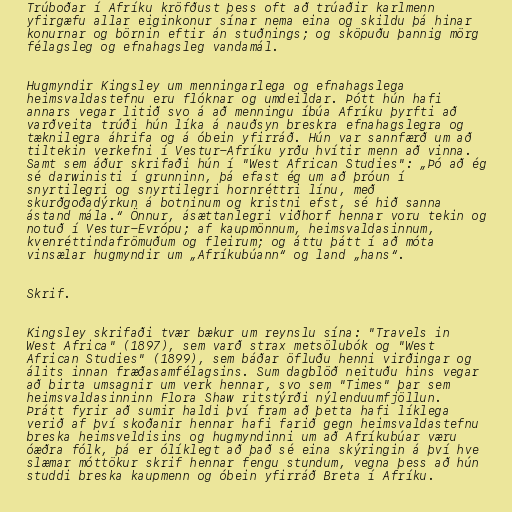
Trúboðar í Afríku kröfðust þess oft að trúaðir karlmenn
yfirgæfu allar eiginkonur sínar nema eina og skildu þá hinar
konurnar og börnin eftir án stuðnings; og sköpuðu þannig mörg
félagsleg og efnahagsleg vandamál.

Hugmyndir Kingsley um menningarlega og efnahagslega
heimsvaldastefnu eru flóknar og umdeildar. Þótt hún hafi
annars vegar litið svo á að menningu íbúa Afríku þyrfti að
varðveita trúði hún líka á nauðsyn breskra efnahagslegra og
tæknilegra áhrifa og á óbein yfirráð. Hún var sannfærð um að
tiltekin verkefni í Vestur-Afríku yrðu hvítir menn að vinna.
Samt sem áður skrifaði hún í "West African Studies": „Þó að ég
sé darwinisti í grunninn, þá efast ég um að þróun í
snyrtilegri og snyrtilegri hornréttri línu, með
skurðgoðadýrkun á botninum og kristni efst, sé hið sanna
ástand mála.“ Önnur, ásættanlegri viðhorf hennar voru tekin og
notuð í Vestur-Evrópu; af kaupmönnum, heimsvaldasinnum,
kvenréttindafrömuðum og fleirum; og áttu þátt í að móta
vinsælar hugmyndir um „Afríkubúann“ og land „hans“.

Skrif.

Kingsley skrifaði tvær bækur um reynslu sína: "Travels in
West Africa" (1897), sem varð strax metsölubók og "West
African Studies" (1899), sem báðar öfluðu henni virðingar og
álits innan fræðasamfélagsins. Sum dagblöð neituðu hins vegar
að birta umsagnir um verk hennar, svo sem "Times" þar sem
heimsvaldasinninn Flora Shaw ritstýrði nýlenduumfjöllun.
Þrátt fyrir að sumir haldi því fram að þetta hafi líklega
verið af því skoðanir hennar hafi farið gegn heimsvaldastefnu
breska heimsveldisins og hugmyndinni um að Afríkubúar væru
óæðra fólk, þá er ólíklegt að það sé eina skýringin á því hve
slæmar móttökur skrif hennar fengu stundum, vegna þess að hún
studdi breska kaupmenn og óbein yfirráð Breta í Afríku.